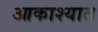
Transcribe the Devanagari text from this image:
आकाश्यात